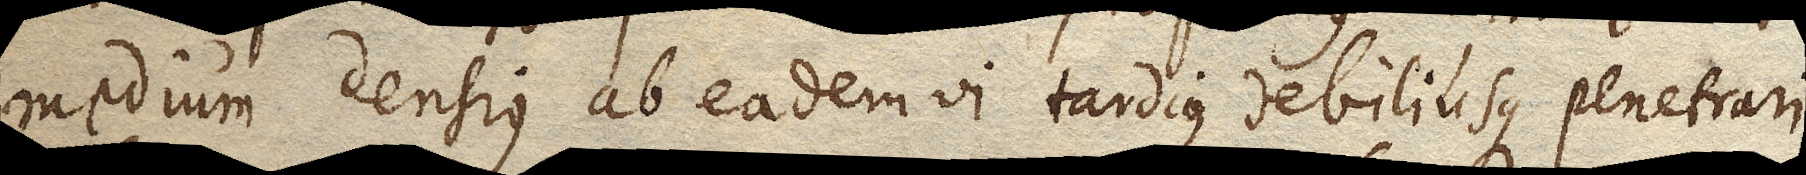
medium densius ab eadem vi tardius debiliusque penetrari